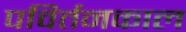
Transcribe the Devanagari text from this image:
पविर्तनकाल